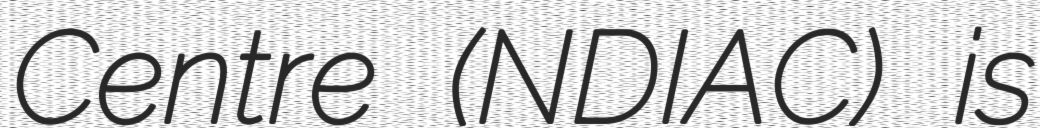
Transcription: Centre (NDIAC) is